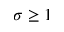
\sigma \geq 1